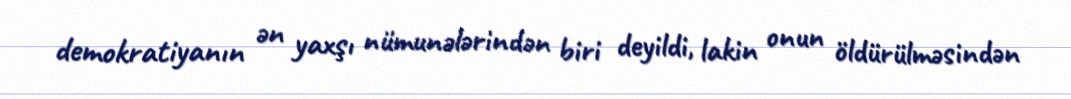
demokratiyanın ən yaxşı nümunələrindən biri deyildi, lakin onun öldürülməsindən